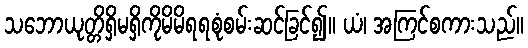
သဘောယုတ္တိရှိမရှိကိုမိမိရရစုံစမ်းဆင်ခြင်၍။ ယံ၊ အကြင်စကားသည်။